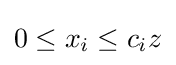
0\leq x_{i}\leq c_{i}z